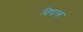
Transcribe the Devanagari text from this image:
विषाक्त